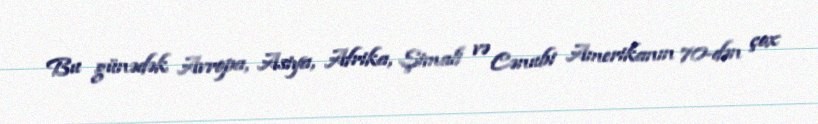
Bu günədək Avropa, Asiya, Afrika, Şimali və Cənubi Amerikanın 70-dən çox